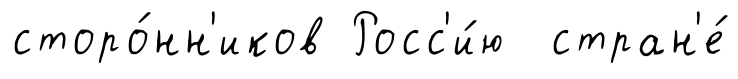
сторо́нн'иков Росс'и́ю стран'е́